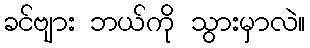
ခင်ဗျား ဘယ်ကို သွားမှာလဲ။